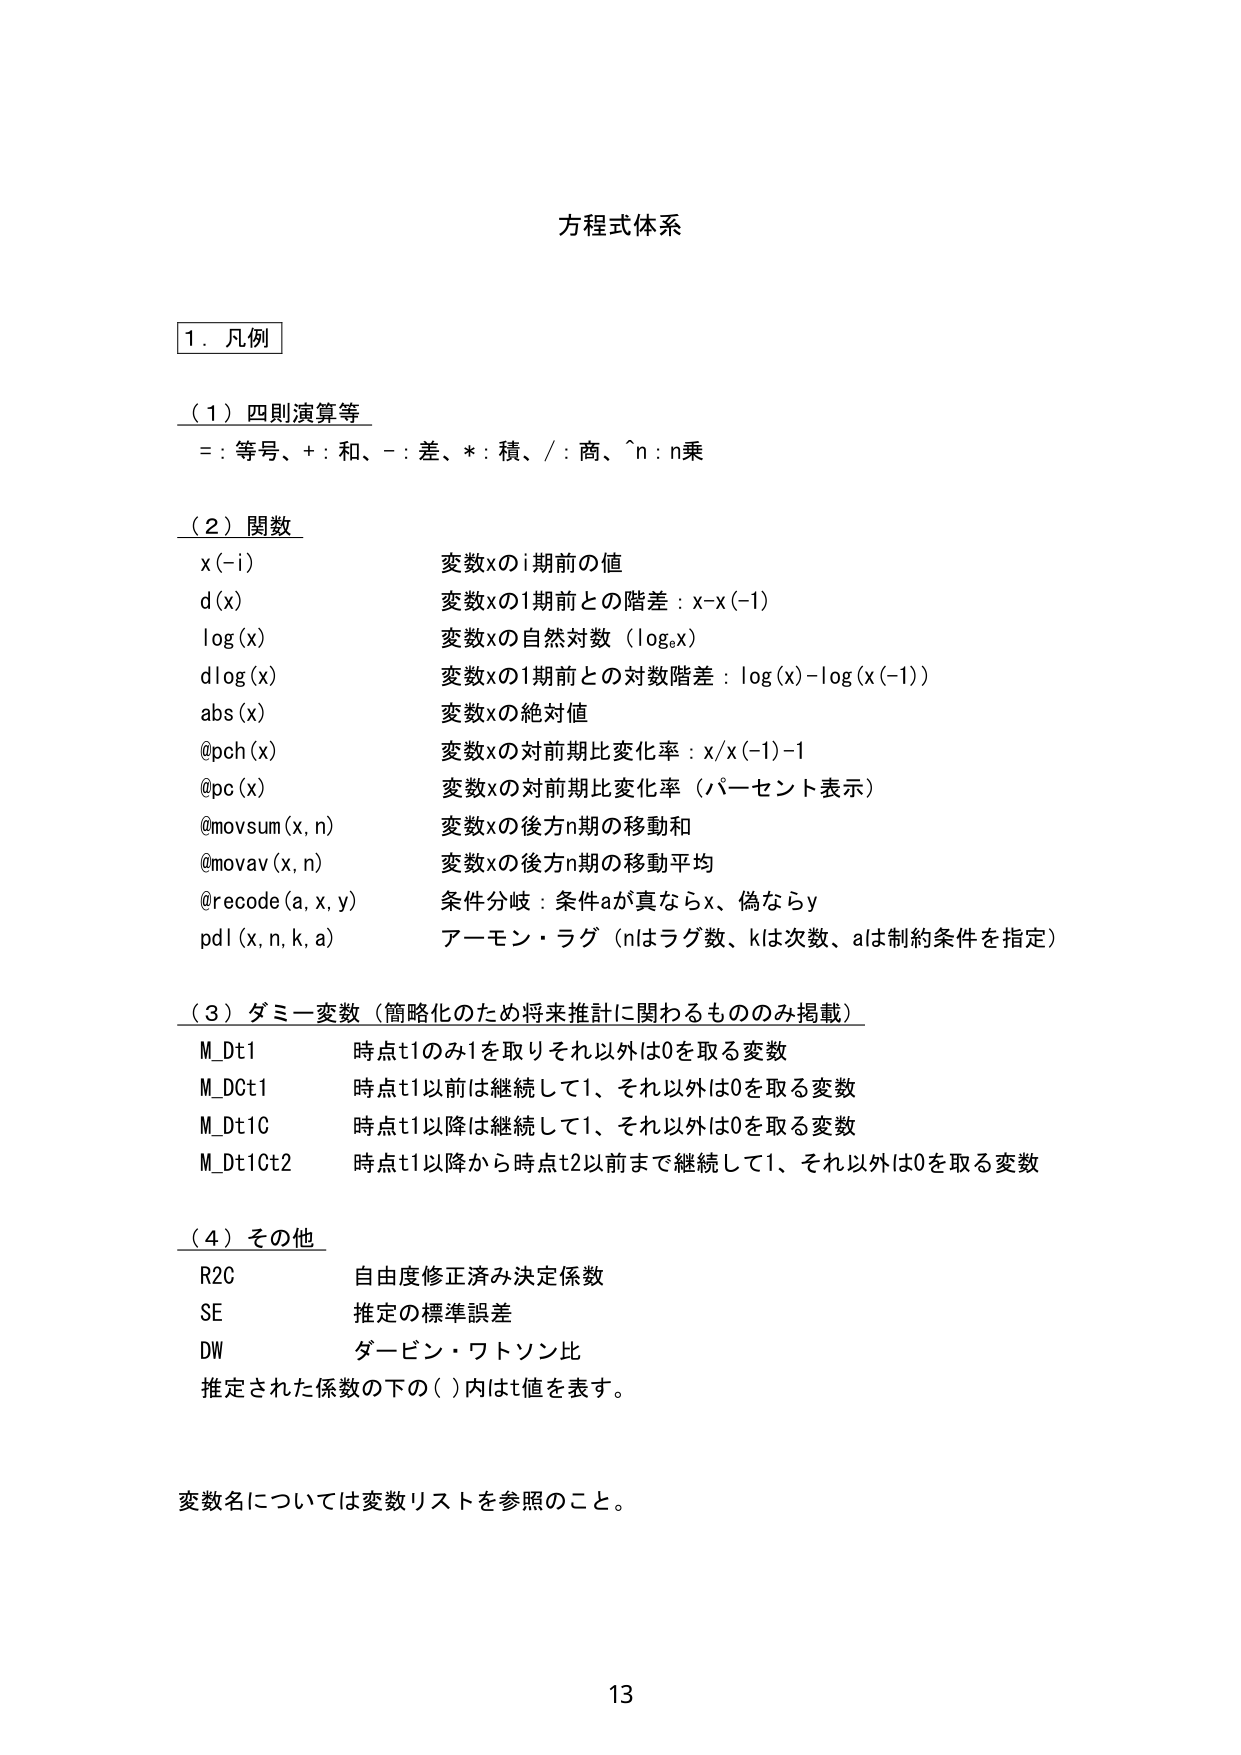
方程式体系

1. 凡例

（1）四則演算等
= : 等号、+ : 和、- : 差、* : 積、/ : 商、^n : n乗

（2）関数
x(-i)　　　　　変数xのi期前の値
d(x)　　　　　　変数xの1期前との階差 : x-x(-1)
log(x)　　　　　変数xの自然対数（logₑx）
dlog(x)　　　　変数xの1期前との対数階差 : log(x)-log(x(-1))
abs(x)　　　　　変数xの絶対値
@pch(x)　　　　変数xの対前期比変化率 : x/x(-1)-1
@pc(x)　　　　　変数xの対前期比変化率（パーセント表示）
@movsum(x, n)　変数xの後方n期の移動和
@movav(x, n)　　変数xの後方n期の移動平均
@recode(a, x, y)　条件分岐 : 条件aが真ならx、偽ならy
pdl(x, n, k, a)　アーモン・ラグ（nはラグ数、kは次数、aは制約条件を指定）

（3）ダミー変数（簡略化のため将来推計に関わるもののみ掲載）
M_Dt1　　　　　時点t1のみ1を取りそれ以外は0を取る変数
M_DCt1　　　　時点t1以前は継続して1、それ以外は0を取る変数
M_Dt1C　　　　時点t1以降は継続して1、それ以外は0を取る変数
M_Dt1Ct2　　　時点t1以降から時点t2以前まで継続して1、それ以外は0を取る変数

（4）その他
R2C　　　　　　自由度修正済み決定係数
SE　　　　　　推定の標準誤差
DW　　　　　　ダービン・ワトソン比
推定された係数の下の（ ）内はt値を表す。

変数名については変数リストを参照のこと。

13